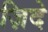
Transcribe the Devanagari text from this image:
ज़िदे